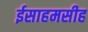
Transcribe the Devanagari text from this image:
ईसाहमसीह